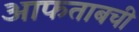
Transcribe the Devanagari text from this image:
आफताबची